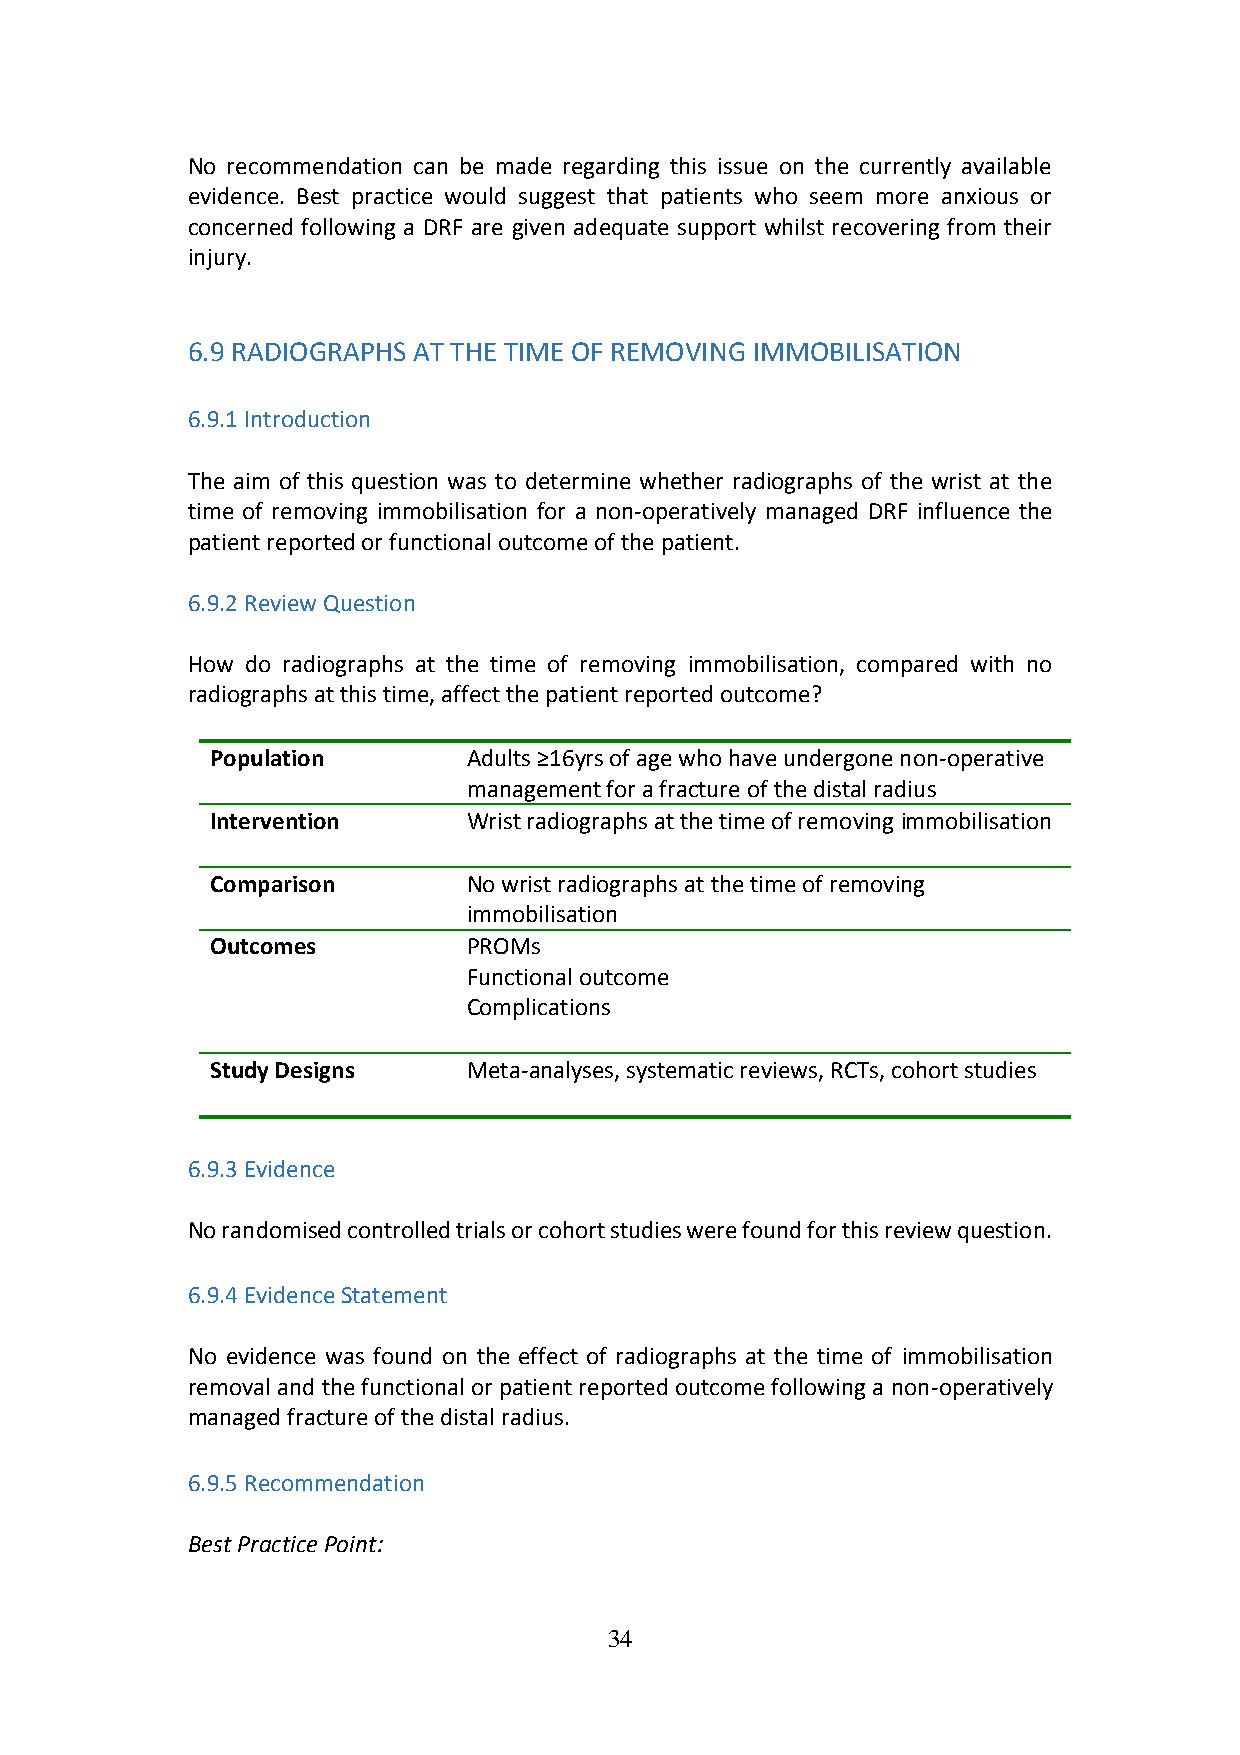
No recommendation can be made regarding this issue on the currently available
 evidence. Best practice would suggest that patients who seem more anxious or
 concerned following a DRF are given adequate support whilst recovering from their
 injury.
 6.9 RADIOGRAPHS AT THE TIME OF REMOVING IMMOBILISATION
 6.9.1 Introduction
 The aim of this question was to determine whether radiographs of the wrist at the
 time of removing immobilisation for a non-operatively managed DRF influence the
 patient reported or functional outcome of the patient.
 6.9.2 Review Question
 How do radiographs at the time of removing immobilisation, compared with no
 radiographs at this time, affect the patient reported outcome?
 Population       Adults ≥16yrs of age who have undergone non-operative
 management for a fracture of the distal radius
 Intervention     Wrist radiographs at the time of removing immobilisation
 Comparison       No wrist radiographs at the time of removing
 immobilisation
 Outcomes         PROMs
 Functional outcome
 Complications
 Study Designs    Meta-analyses, systematic reviews, RCTs, cohort studies
 6.9.3 Evidence
 No randomised controlled trials or cohort studies were found for this review question.
 6.9.4 Evidence Statement
 No evidence was found on the effect of radiographs at the time of immobilisation
 removal and the functional or patient reported outcome following a non-operatively
 managed fracture of the distal radius.
 6.9.5 Recommendation
 Best Practice Point:
 34